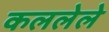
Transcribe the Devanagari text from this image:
कललेले